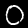
Digit: 0